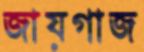
জায়গাজ